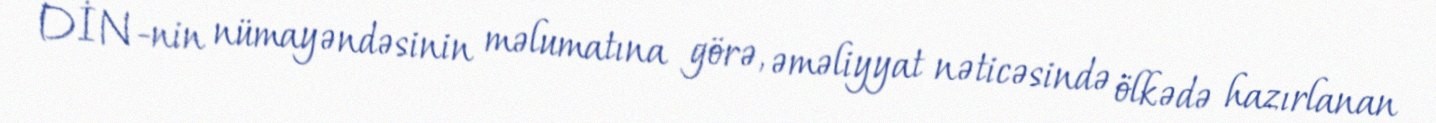
DİN-nin nümayəndəsinin məlumatına görə, əməliyyat nəticəsində ölkədə hazırlanan